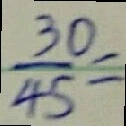
\frac { 3 0 } { 4 5 } =